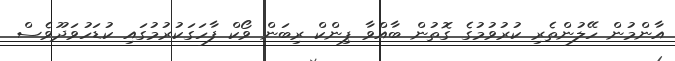
އާންމުން ހޭލުންތެރި ކުރުވުމުގެ ގޮތުން ބާއްވާ ޕިންކް ރިބަން ވޯކް ފާހަގަކުރުމުގައި ކުޑަހުވަދޫވެސް